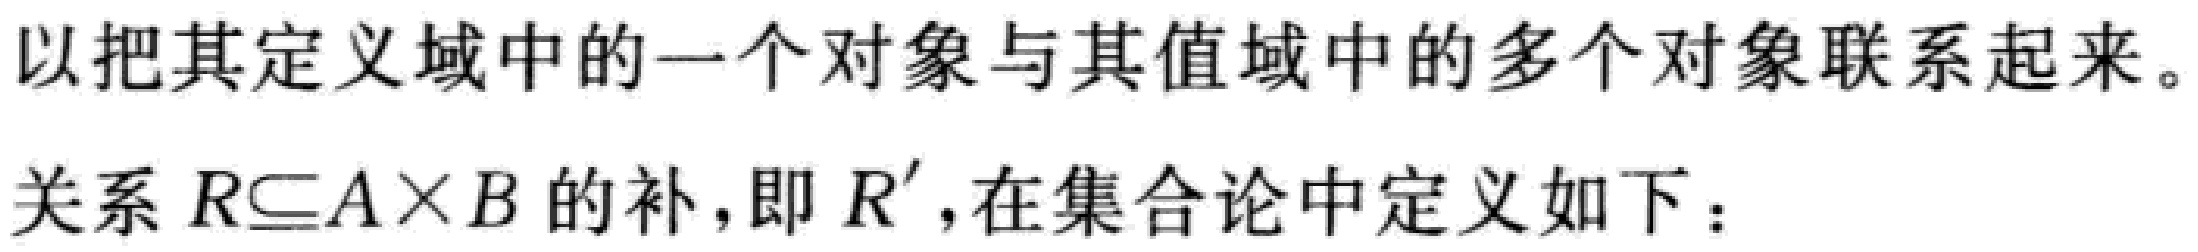
以把其定义域中的一个对象与其值域中的多个对象联系起来。

关系 \(R\subseteq A\times B\) 的补，即 \(R'\)，在集合论中定义如下：